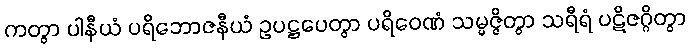
ကတွာ ပါနီယံ ပရိဘောဇနီယံ ဥပဋ္ဌပေတွာ ပရိဝေဏံ သမ္မဇ္ဇိတွာ သရီရံ ပဋိဇဂ္ဂိတွာ